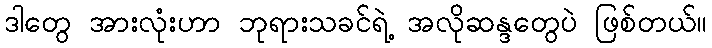
ဒါတွေ အားလုံးဟာ ဘုရားသခင်ရဲ့ အလိုဆန္ဒတွေပဲ ဖြစ်တယ်။